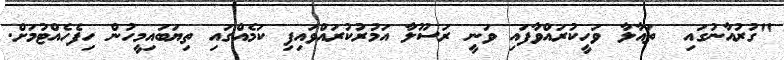
"ގުރުއާނުގައި  ތައާލާ ވަހީކުރައްވާފައި ވަނީ ރަސޫލާ އަމުރުކުރައްވައިފި ކަމެއްގައި ތިޔަބައިމީހުން ހިފެހެއްޓުމަށް.